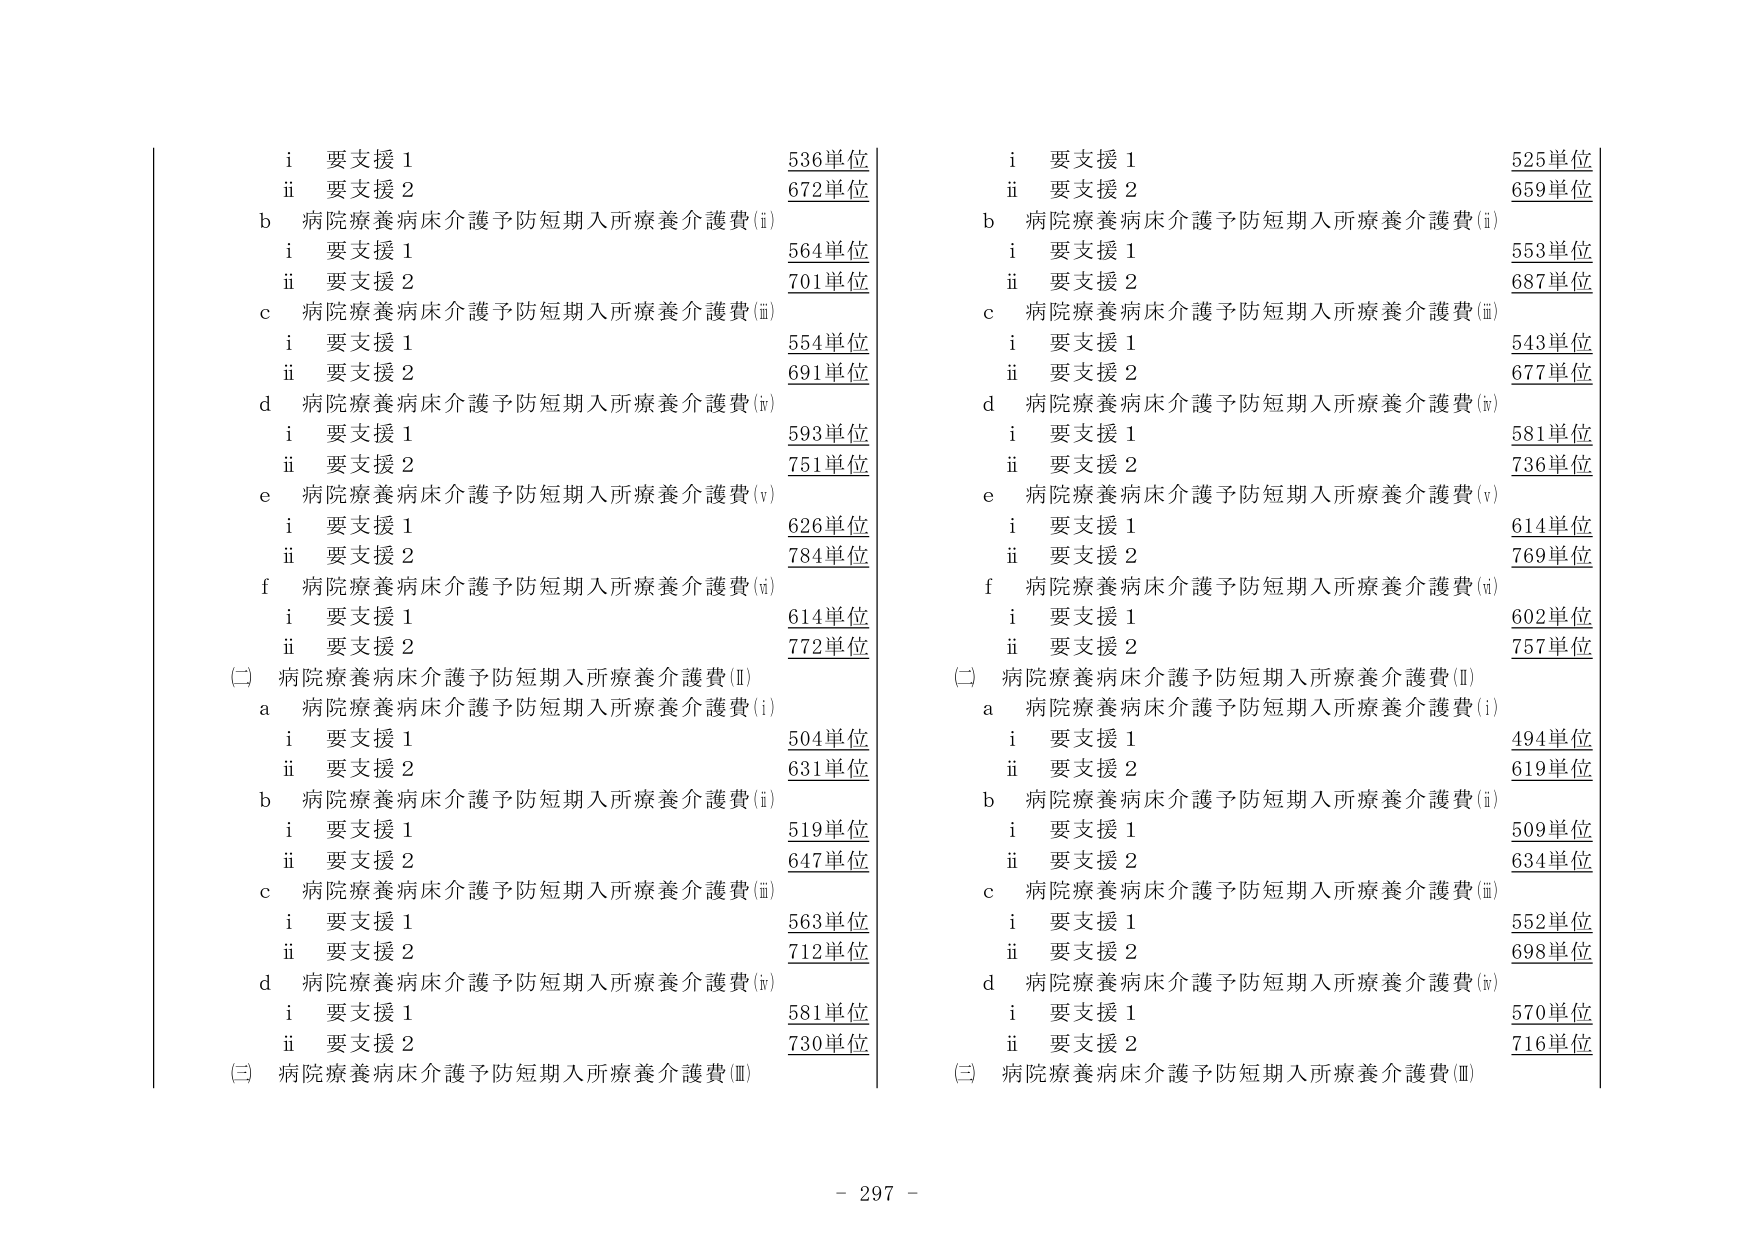
i 要支援 1 536単位
ii 要支援 2 672単位
b 病院療養病床介護予防短期入所療養介護費(i)
i 要支援 1 564単位
ii 要支援 2 701単位
c 病院療養病床介護予防短期入所療養介護費(ii)
i 要支援 1 554単位
ii 要支援 2 691単位
d 病院療養病床介護予防短期入所療養介護費(iii)
i 要支援 1 593単位
ii 要支援 2 751単位
e 病院療養病床介護予防短期入所療養介護費(iv)
i 要支援 1 626単位
ii 要支援 2 784単位
f 病院療養病床介護予防短期入所療養介護費(v)
i 要支援 1 614単位
ii 要支援 2 772単位
(二) 病院療養病床介護予防短期入所療養介護費(I)
a 病院療養病床介護予防短期入所療養介護費(i)
i 要支援 1 504単位
ii 要支援 2 631単位
b 病院療養病床介護予防短期入所療養介護費(ii)
i 要支援 1 519単位
ii 要支援 2 647単位
c 病院療養病床介護予防短期入所療養介護費(iii)
i 要支援 1 563単位
ii 要支援 2 712単位
d 病院療養病床介護予防短期入所療養介護費(iv)
i 要支援 1 581単位
ii 要支援 2 730単位
(三) 病院療養病床介護予防短期入所療養介護費(II)
i 要支援 1 525単位
ii 要支援 2 659単位
b 病院療養病床介護予防短期入所療養介護費(i)
i 要支援 1 553単位
ii 要支援 2 687単位
c 病院療養病床介護予防短期入所療養介護費(ii)
i 要支援 1 543単位
ii 要支援 2 677単位
d 病院療養病床介護予防短期入所療養介護費(iii)
i 要支援 1 581単位
ii 要支援 2 736単位
e 病院療養病床介護予防短期入所療養介護費(iv)
i 要支援 1 614単位
ii 要支援 2 769単位
f 病院療養病床介護予防短期入所療養介護費(v)
i 要支援 1 602単位
ii 要支援 2 757単位
(二) 病院療養病床介護予防短期入所療養介護費(I)
a 病院療養病床介護予防短期入所療養介護費(i)
i 要支援 1 494単位
ii 要支援 2 619単位
b 病院療養病床介護予防短期入所療養介護費(ii)
i 要支援 1 509単位
ii 要支援 2 634単位
c 病院療養病床介護予防短期入所療養介護費(iii)
i 要支援 1 552単位
ii 要支援 2 698単位
d 病院療養病床介護予防短期入所療養介護費(iv)
i 要支援 1 570単位
ii 要支援 2 716単位
(三) 病院療養病床介護予防短期入所療養介護費(II)
- 297 -